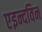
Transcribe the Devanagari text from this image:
एइन्दविन